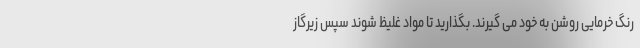
رنگ خرمایی روشن به خود می گیرند. بگذارید تا مواد غلیظ شوند سپس زیرگاز